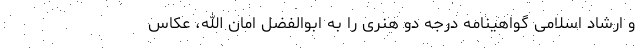
و ارشاد اسلامی گواهینامه درجه دو هنری را به ابوالفضل امان الله، عکاس